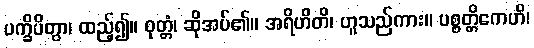
ပက္ခိပိတွာ၊ ထည့်၍။ ဝုတ္တံ၊ ဆိုအပ်၏။ အရိဟိတိ၊ ဟူသည်ကား။ ပစ္စတ္တိကေဟိ၊